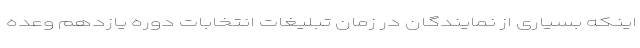
اینکه بسیاری از نمایندگان در زمان تبلیغات انتخابات دوره یازدهم وعده